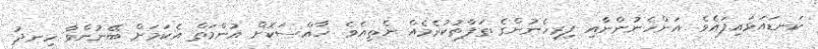
ކަނޑައަޅައިފައެވެ. އަންހެނުންނާއި ފިރިހެނުންގެ ތަފާތުކުރެމެއް ނެތިއެވެ. ޚާއްސަކޮށް އުންމަތް އެކަމަށް ބޭނުންވާ ހިނދު